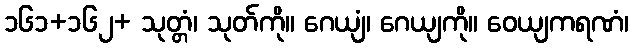
၁၆၁+၁၆၂+ သုတ္တံ၊ သုတ်ကို။ ဂေယျံ၊ ဂေယျကို။ ဝေယျကရဏံ၊